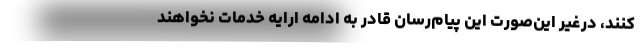
کنند، درغیر این‌صورت این پیام‌رسان قادر به ادامه ارایه خدمات نخواهند